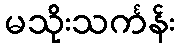
မသိုးသင်္ကန်း